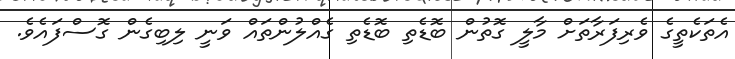
އެތަކެތީގެ ވެރިފަރާތަށް މާލީ ގޮތުން ބޮޑެތި ބޮޑެތި ގެއްލުންތައް ވަނީ ލިބިގެން ގޮސްފައެވެ.